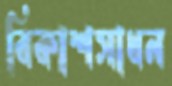
বিকাশসাধন